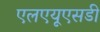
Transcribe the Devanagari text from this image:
एलएयूएसडी